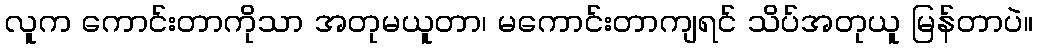
လူက ကောင်းတာကိုသာ အတုမယူတာ၊ မကောင်းတာကျရင် သိပ်အတုယူ မြန်တာပဲ။